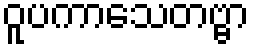
ဝူပကာသေတဗ္ဗာ